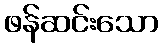
ဖန်ဆင်းသော